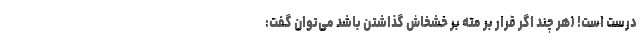
درست است! (هر چند اگر قرار بر مته بر خشخاش گذاشتن باشد می‌توان گفت: